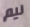
نيم